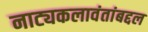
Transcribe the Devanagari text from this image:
नाट्यकलावंतांबद्दल